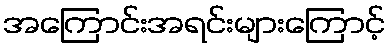
အကြောင်းအရင်းများကြောင့်